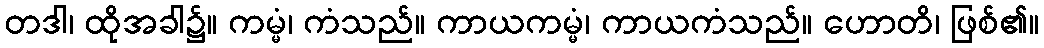
တဒါ၊ ထိုအခါ၌။ ကမ္မံ၊ ကံသည်။ ကာယကမ္မံ၊ ကာယကံသည်။ ဟောတိ၊ ဖြစ်၏။